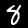
Label: 8